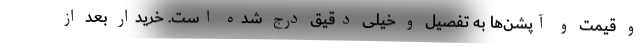
و قیمت و آپشن‌ها به تفصیل و خیلی دقیق درج شده است. خریدار بعد از